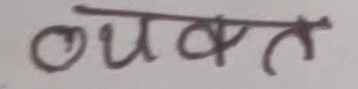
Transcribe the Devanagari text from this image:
व्यक्त